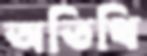
অতিথি